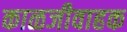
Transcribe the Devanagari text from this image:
काळजीवाहक